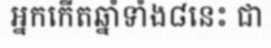
អ្នកកើតឆ្នាំទាំង៨នេះ ជា